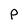
Character: P